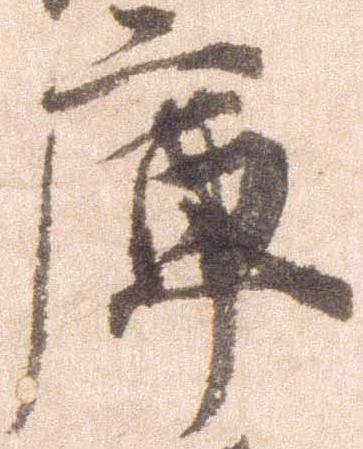
庫